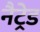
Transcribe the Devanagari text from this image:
नैट्रेड